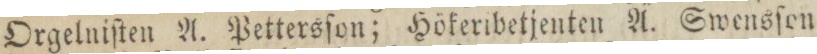
Orgelniſten A. Pettersſon; Hökeribetjenten A. Swensſen